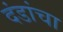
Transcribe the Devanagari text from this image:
दंडांचा